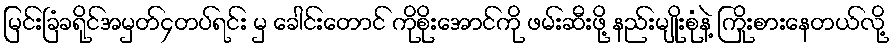
မြင်းခြံခရိုင်အမှတ်၄တပ်ရင်း မှ ခေါင်းတောင် ကိုစိုးအောင်ကို ဖမ်းဆီးဖို့ နည်းမျိုးစုံနဲ့ ကြိုးစားနေတယ်လို့